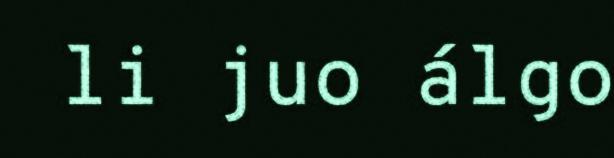
li juo álgo